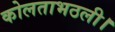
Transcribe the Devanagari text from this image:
कोलताभठली।